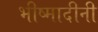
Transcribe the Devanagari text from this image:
भीष्मादीनी